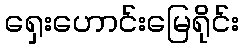
ရှေးဟောင်းမြေရိုင်း